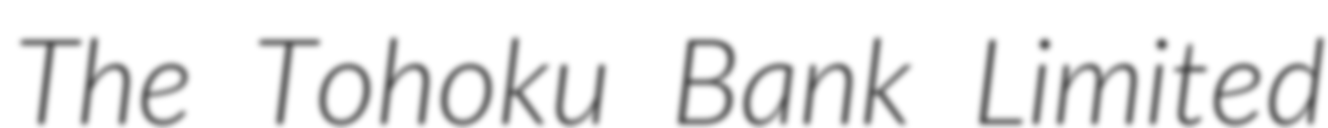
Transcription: The Tohoku Bank Limited